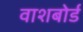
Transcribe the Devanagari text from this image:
वाशबोर्ड